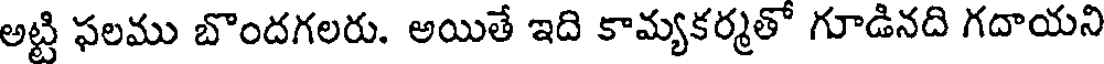
అట్టి ఫలము బొందగలరు. అయితే ఇది కామ్యకర్మతో గూడినది గదాయని